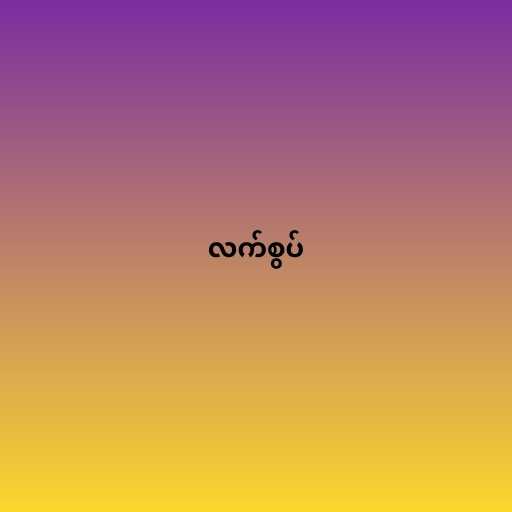
လက်စွပ်